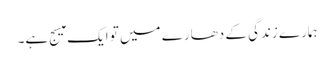
ہمارے زندگی کے دھارے میں تو ایک میسج ہے۔